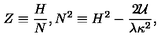
Z \equiv \frac { H } { N } , N ^ { 2 } \equiv H ^ { 2 } - \frac { 2 { \cal U } } { \lambda \kappa ^ { 2 } } ,